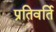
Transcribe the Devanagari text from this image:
प्रतिवर्ति